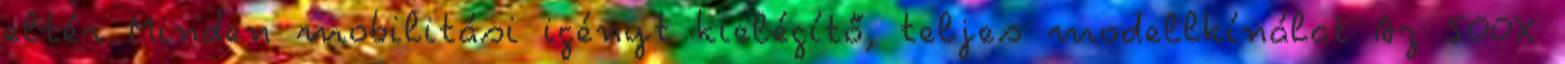
eltér Minden mobilitási igényt kielégítő, teljes modellkínálat Az 500X